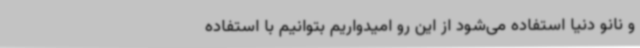
و نانو دنیا استفاده می‌شود از این رو امیدواریم بتوانیم با استفاده